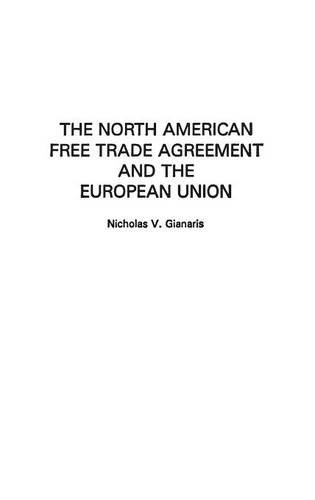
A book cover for The North American Free Trade Agreement and the European Union; Nicholas V. Gianaris; Law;